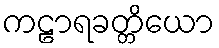
ကဠာရခတ္တိယော